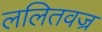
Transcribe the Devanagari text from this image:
ललितवज्र